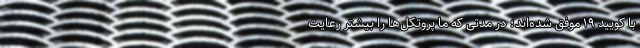
با کویید ۱۹ موفق شده‌اند؛ در مدتی که ما پروتکل‌ها را بیشتر رعایت